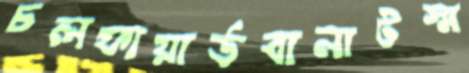
চলফায়ার্ডবানাটস্ম